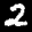
Label: 2